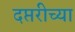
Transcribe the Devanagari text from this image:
दप्तरीच्या